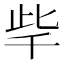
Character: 𣥥